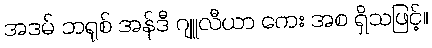
အဒမ် ဘရုစ် အန်ဒီ ဂျူလီယာ ကေး အစ ရှိသဖြင့်။